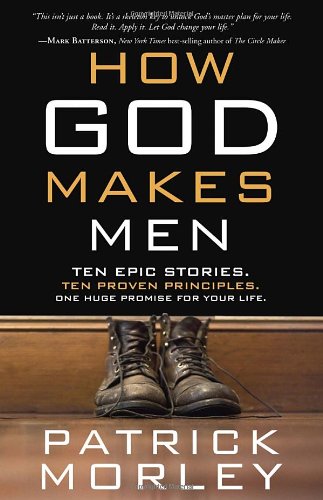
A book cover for How God Makes Men: Ten Epic Stories. Ten Proven Principles. One Huge Promise for Your Life.; Patrick Morley; Christian Books & Bibles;